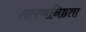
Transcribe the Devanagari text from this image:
तत्त्वनिष्ठता